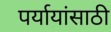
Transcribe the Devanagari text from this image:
पर्यायांसाठी